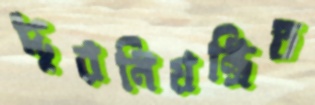
দূরনিয়ন্ত্রিত